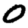
Digit: 0